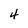
Character: 4